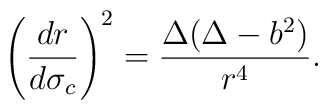
\left(\frac{dr}{d\sigma_c}\right)^2=\frac{\Delta(\Delta-b^2)}{r^4}.